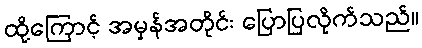
ထို့ကြောင့် အမှန်အတိုင်း ပြောပြလိုက်သည်။